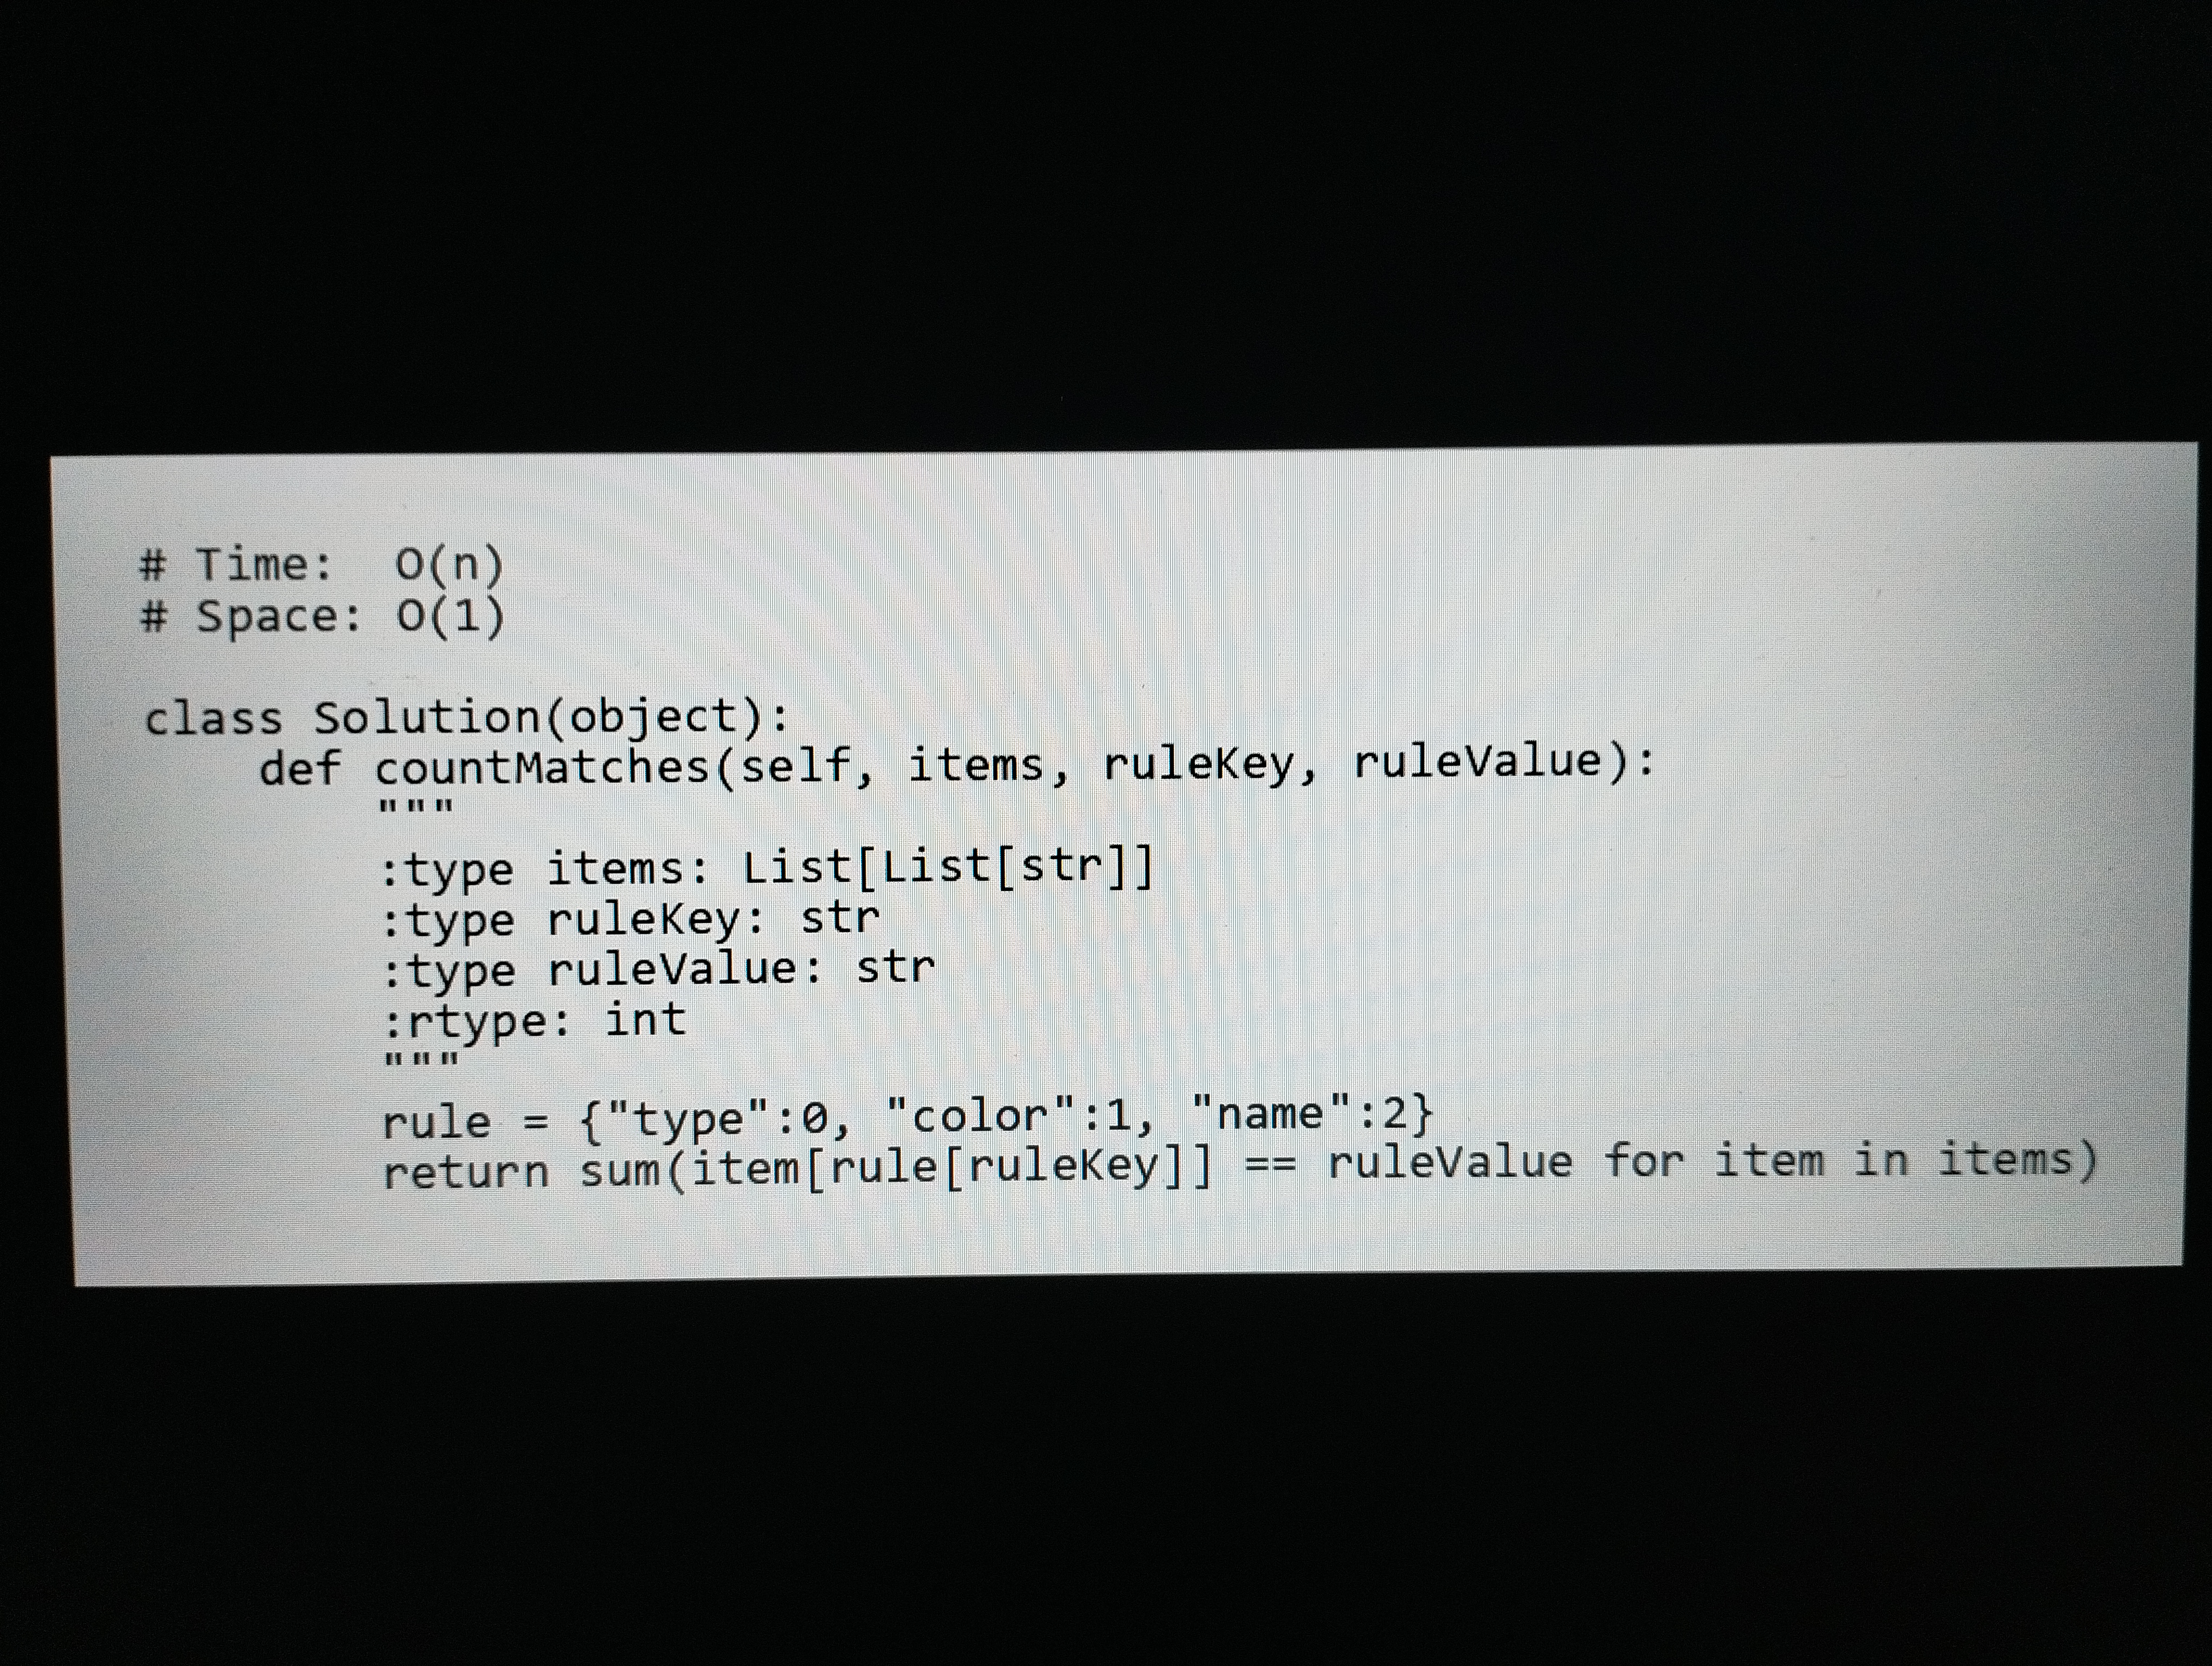
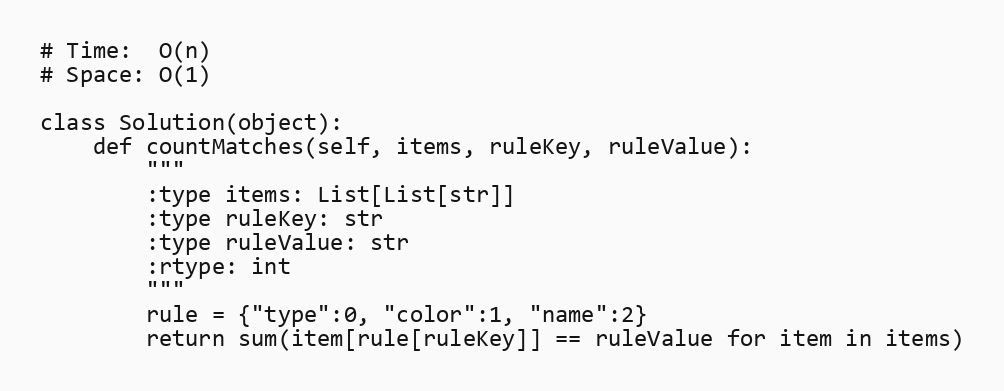
# Time:  O(n)
# Space: O(1)

class Solution(object):
    def countMatches(self, items, ruleKey, ruleValue):
        """
        :type items: List[List[str]]
        :type ruleKey: str
        :type ruleValue: str
        :rtype: int
        """
        rule = {"type":0, "color":1, "name":2}
        return sum(item[rule[ruleKey]] == ruleValue for item in items)